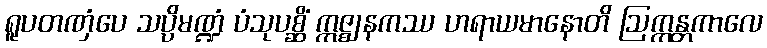
ရူပတဏှံပေ သပ္ပိမဏ္ဍံ ပံသုပစ္ဆိံ ဣဇ္ဈနကဿ ဟရာယမာနောတိ ဩက္ကန္တကာလေ